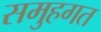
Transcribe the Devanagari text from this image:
समुहगत